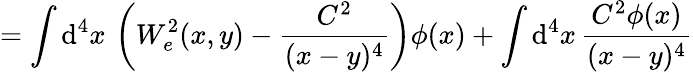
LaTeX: =\int\mathrm{d}^{4}x\, \left(W_{e}^{2}(x,y)-\frac{C^{2}}{(x-y)^{4}}\right)\phi(x)+\int\mathrm{d}^{4}x\, \frac{C^{2}\phi(x)}{(x-y)^{4}}